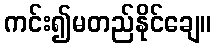
ကင်း၍မတည်နိုင်ချေ။